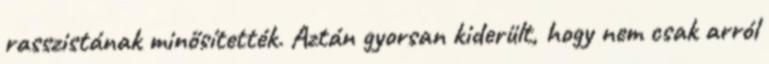
rasszistának minősítették. Aztán gyorsan kiderült, hogy nem csak arról